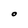
Character: O